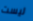
ليست